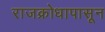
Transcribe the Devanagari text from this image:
राजक्रोधापासून